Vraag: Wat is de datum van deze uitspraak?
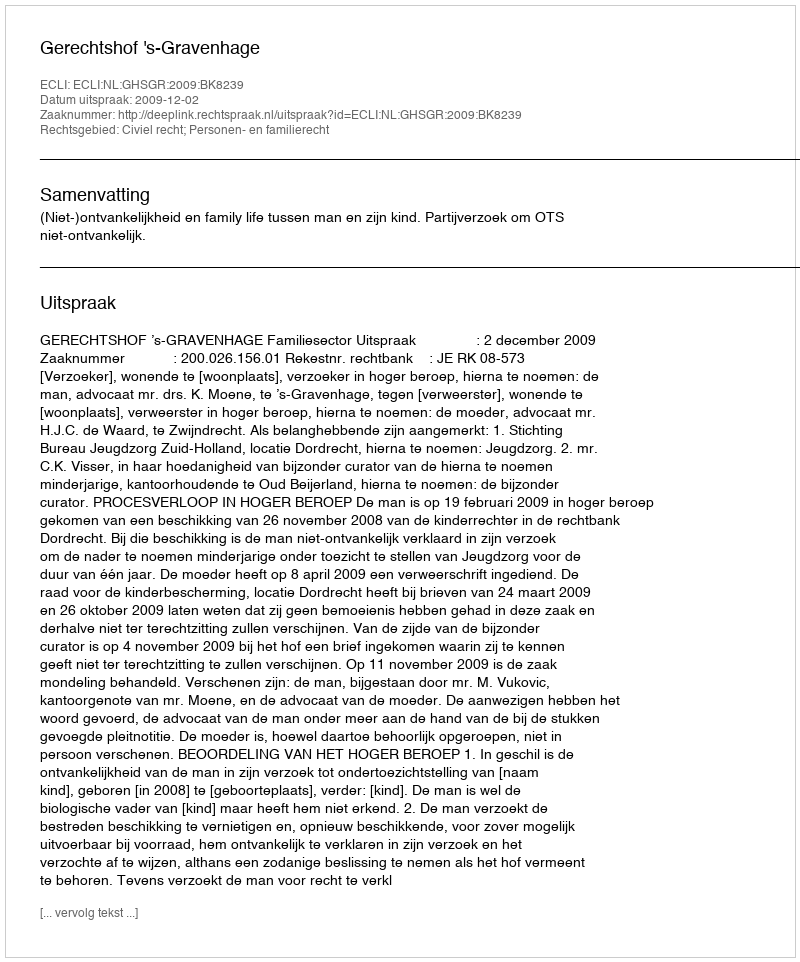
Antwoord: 2009-12-02